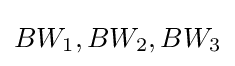
BW_{1},BW_{2},BW_{3}